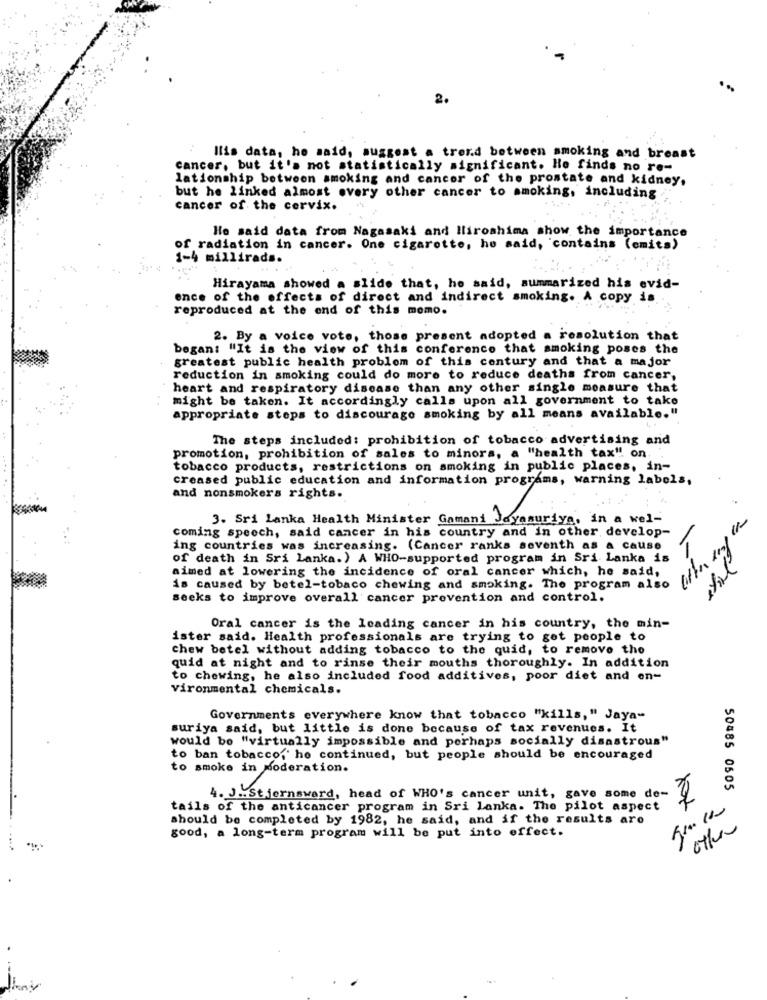
2.
llis data, he said, suggest a trend between smoking and breast
cancer, but it's not statistically significant. He finds no re-
lationship between smoking and cancer of the prostate and kidney,
but he linked almost every other cancer to smoking, including
cancer of the cervix.
He said data from Nagasaki and Hiroshima show the importance
of radiation in cancer. One cigarette, he said, "contains (emits)
1-4 millirads.
Hirayama showed a slide that, he said, summarized his evid-
ence of the effects of direct and indirect smoking. A copy is
reproduced at the end of this momo.
2. By a voice vote, those present adopted a resolution that
began: "It is the view of this conference that smoking poses the
greatest public health problem of this century and that a major
reduction in smoking could do more to reduce deaths from cancer,
heart and respiratory disease than any other single measure that
might be taken. It accordingly calls upon all government to take
appropriate steps to discourage smoking by all means available."
The steps included: prohibition of tobacco advertising and
promotion, prohibition of sales to minors, a "health tax" on.
tobacco products, restrictions on smoking in public places, in-
creased public education and information programs, warning labels,
and nonsmokers rights.
3. Sri Lanka Health Minister Gamani Jayasuriya, in a wel-
coming speech, said cancer in his country and in other, develop-
ing countries was increasing. (Cancer ranks seventh as a cause
of death in Sri Lanka.) A WHO-supported program in Sri Lanka is
aimed at lowering the incidence of oral cancer which, he said,
is caused by betel-tobaco chewing and smoking. The program also
seeks to improve overall cancer prevention and control.
Oral cancer is the leading cancer in his country, the min-
ister said. Health professionals are trying to get people to
chew betel without adding tobacco to the quid, to remove the
quid at night and to rinse their mouths thoroughly. In addition
to chewing, he also included food additives, poor diet and on-
vironmental chemicals.
Governments everywhere know that tobacco "kills," Jaya-
suriya said, but little is done because of tax revenues. It
would be "virtually impossible and perhaps socially disastrous"
to ban tobacco,' he continued, but people should be encouraged
to smoke in Moderation.
50485 0505
4. J .. Stjernsward, head of WHO's cancer unit, gave some de-
tails of the anticancer program in Sri lanka. The pilot aspect
should be completed by 1982, he said, and if the results are
other
good, a long-term program will be put into effect.